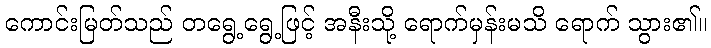
ကောင်းမြတ်သည် တရွေ့ရွေ့ဖြင့် အနီးသို့ ရောက်မှန်းမသိ ရောက် သွား၏။